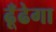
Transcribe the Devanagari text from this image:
ढूँढेगा